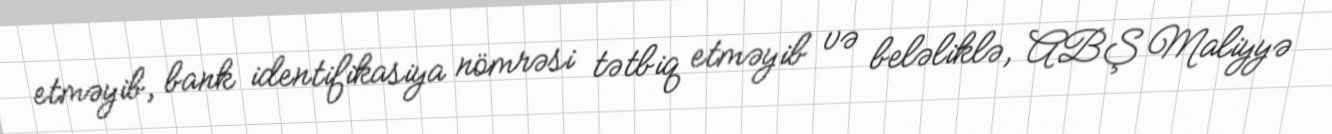
etməyib, bank identifikasiya nömrəsi tətbiq etməyib və beləliklə, ABŞ Maliyyə